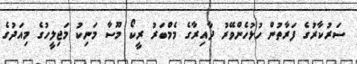
ސަރުކާރުގެ ފަރާތުން ހުޅުހެންވޭރު ދާއިރާގެ މެމްބަރު ރީކޯ މޫސާ މަނިކު މަޖިލީހުގެ މިއަދުގެ